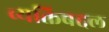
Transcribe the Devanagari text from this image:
व्यक्तिबद्दल